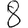
Digit: 8